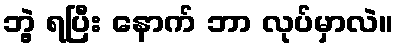
ဘွဲ့ ရပြီး နောက် ဘာ လုပ်မှာလဲ။